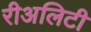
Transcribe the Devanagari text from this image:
रीअलिटी